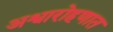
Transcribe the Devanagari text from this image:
अश्वारोहणात